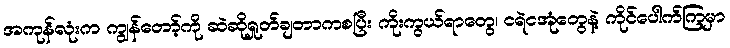
အကုန်လုံးက ကျွန်တော့်ကို ဆဲဆိုရှုတ်ချတာကစပြီး ကိုးကွယ်ရာတွေ၊ ငရဲငအုံတွေနဲ့ ကိုင်ပေါက်ကြမှာ